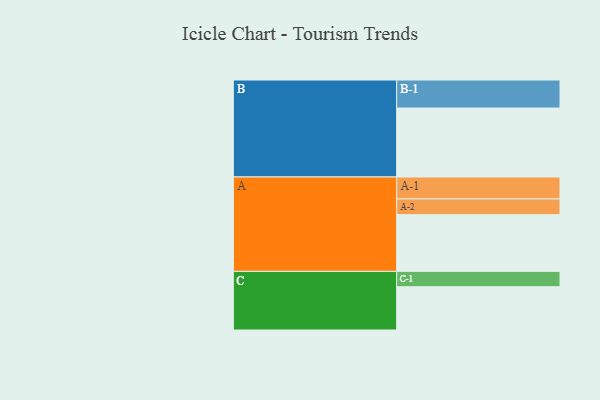
{"axis": {"x": "Segment", "y": "Value"}, "legend": ["", "A", "B", "C"], "data": [{"x": "A", "y": 439, "type": ""}, {"x": "B", "y": 534, "type": ""}, {"x": "C", "y": 335, "type": ""}, {"x": "A-1", "y": 170, "type": "A"}, {"x": "A-2", "y": 122, "type": "A"}, {"x": "B-1", "y": 217, "type": "B"}, {"x": "C-1", "y": 119, "type": "C"}]}